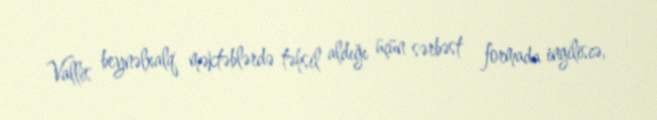
Vallis beynəlxalq məktəblərdə təhsil aldığı üçün sərbəst formada ingiliscə,